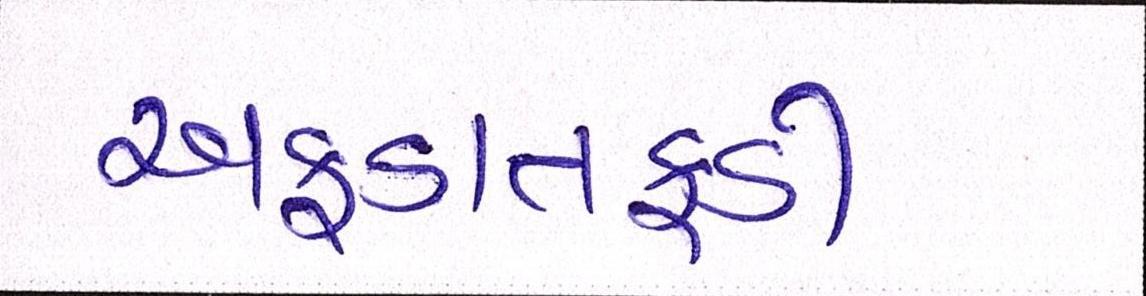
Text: અફડાતફડી